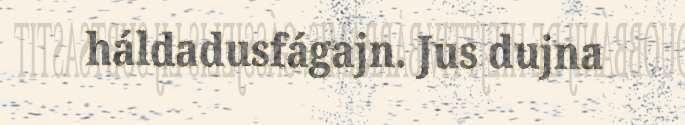
háldadusfágajn. Jus dujna